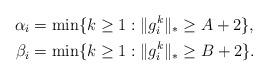
LaTeX: \begin{align*}\alpha_i & =\min\{k\ge 1: \|g_i^k\|_*\ge A+2\},\\\beta_i & =\min\{k\ge 1: \|g_i^k\|_*\ge B+2\}.\end{align*}